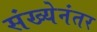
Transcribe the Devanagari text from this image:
संख्येनंतर